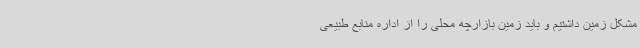
مشکل زمین داشتیم و باید زمین بازارچه محلی را از اداره منابع طبیعی